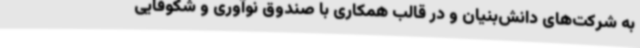
به شرکت‌های دانش‌بنیان و در قالب همکاری با صندوق نوآوری و شکوفایی